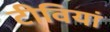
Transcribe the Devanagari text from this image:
टीवियां